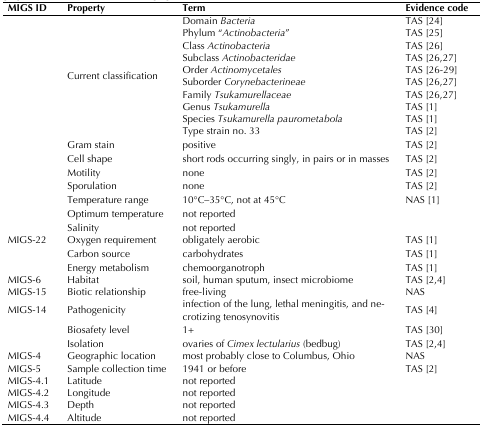
| MIGS ID | Property | Term | Evidence code |
 | --- | --- | --- | --- |
 | <ROWSPAN=10>  | <ROWSPAN=10> Current classification | Domain Bacteria | TAS [24] |
 | Phylum “Actinobacteria” | TAS [25] |
 | Class Actinobacteria | TAS [26] |
 | Subclass Actinobacteridae | TAS [26,27] |
 | Order Actinomycetales | TAS [26-29] |
 | Suborder Corynebacterineae | TAS [26,27] |
 | Family Tsukamurellaceae | TAS [26,27] |
 | Genus Tsukamurella | TAS [1] |
 | Species Tsukamurella paurometabola | TAS [1] |
 | Type strain no. 33 | TAS [2] |
 |  | Gram stain | positive | TAS [2] |
 |  | Cell shape | short rods occurring singly, in pairs or in masses | TAS [2] |
 |  | Motility | none | TAS [2] |
 |  | Sporulation | none | TAS [2] |
 |  | Temperature range | 10°C–35°C, not at 45°C | NAS [1] |
 |  | Optimum temperature | not reported |  |
 |  | Salinity | not reported |  |
 | MIGS-22 | Oxygen requirement | obligately aerobic | TAS [1] |
 |  | Carbon source | carbohydrates | TAS [1] |
 |  | Energy metabolism | chemoorganotroph | TAS [1] |
 | MIGS-6 | Habitat | soil, human sputum, insect microbiome | TAS [2,4] |
 | MIGS-15 | Biotic relationship | free-living | NAS |
 | MIGS-14 | Pathogenicity | infection of the lung, lethal meningitis,and necrotizing tenosynovitis | TAS [4] |
 |  | Biosafety level | 1+ | TAS [30] |
 |  | Isolation | ovaries of Cimex lectularius (bedbug) | TAS [2,4] |
 | MIGS-4 | Geographic location | most probably close to Columbus, Ohio | NAS |
 | MIGS-5 | Sample collection time | 1941 or before | TAS [2] |
 | MIGS-4.1 | Latitude | not reported |  |
 | MIGS-4.2 | Longitude | not reported |  |
 | MIGS-4.3 | Depth | not reported |  |
 | MIGS-4.4 | Altitude | not reported |  |